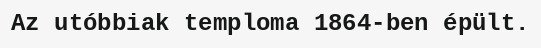
Az utóbbiak temploma 1864-ben épült.